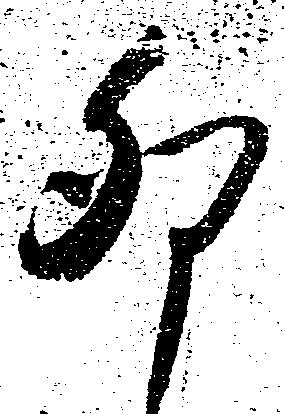
卯